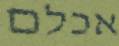
אכלם